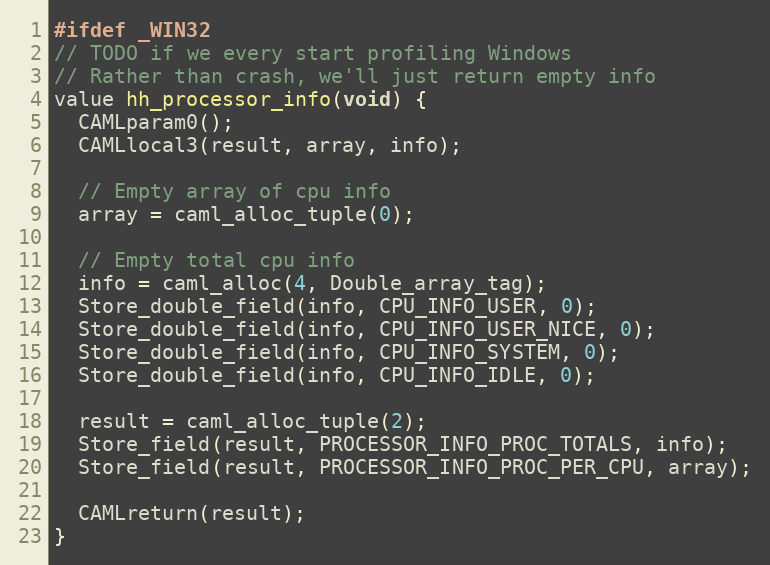
Language: C
#ifdef _WIN32
// TODO if we every start profiling Windows
// Rather than crash, we'll just return empty info
value hh_processor_info(void) {
  CAMLparam0();
  CAMLlocal3(result, array, info);

  // Empty array of cpu info
  array = caml_alloc_tuple(0);

  // Empty total cpu info
  info = caml_alloc(4, Double_array_tag);
  Store_double_field(info, CPU_INFO_USER, 0);
  Store_double_field(info, CPU_INFO_USER_NICE, 0);
  Store_double_field(info, CPU_INFO_SYSTEM, 0);
  Store_double_field(info, CPU_INFO_IDLE, 0);

  result = caml_alloc_tuple(2);
  Store_field(result, PROCESSOR_INFO_PROC_TOTALS, info);
  Store_field(result, PROCESSOR_INFO_PROC_PER_CPU, array);

  CAMLreturn(result);
}